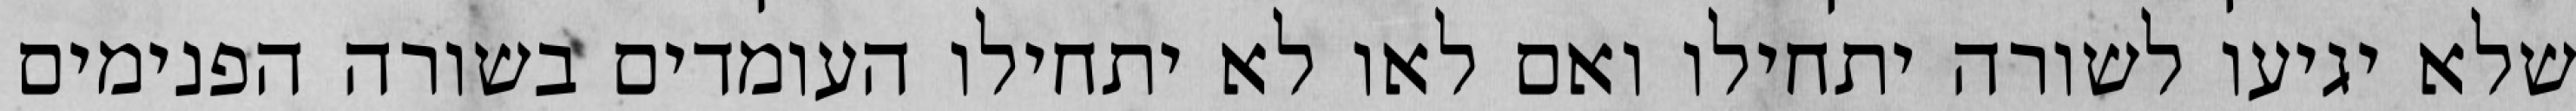
שלא יגיעו לשורה יתחילו ואם לאו לא יתחילו העומדים בשורה הפנימים